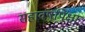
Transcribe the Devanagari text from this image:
सहावर्षांपेक्षा